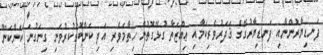
ފަނޑިޔާރުންނާއި ފަނޑިޔާރުގޭގެ ޤަދަރުވެރިކަމާއި ޢިއްޒަތާ ގުޅޭގޮތުން ހިތާމަވެރި އަދި ކަންބޮޑުކުރުވަނި ގިނަގުނަ ކަންކަން